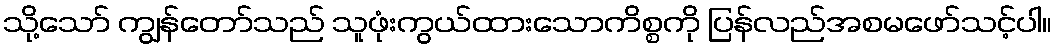
သို့သော် ကျွန်တော်သည် သူဖုံးကွယ်ထားသောကိစ္စကို ပြန်လည်အစမဖော်သင့်ပါ။